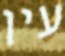
עין